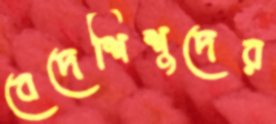
বেদেশিশুদের